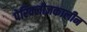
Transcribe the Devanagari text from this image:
पेरिक्लीज़कालीन